Indian journal of veterinary science and animal husbandry - Volume 6,
Year: 1936
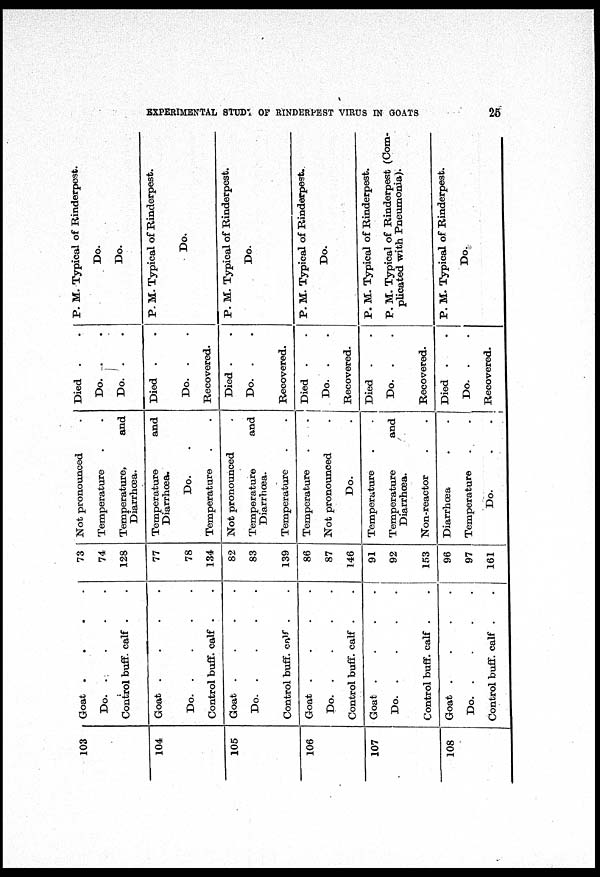
EXPERIMENTAL STUDY OF RINDERPEST VIRUS IN GOATS
25
103
104
105
106
107
108
Goat . . . .
Do.
.
.
.
.
Control buff. calf . .
Goat . . . .
Do.
.
.
.
.
Control buff. calf . .
Goat . . . .
Do.
.
.
.
.
Control buff. calf . .
Goat . . . .
Do.
.
.
.
.
Control buff. calf . .
Goat
.
.
.
.
Do.
.
.
.
.
Control buff. calf . .
Goat . . . .
Do.
.
.
.
.
Control buff. calf . .
73
74
128
77
78
134
82
83
139
86
87
146
91
92
153
96
97
161
Not pronounced .
Temperature
.
.
Temperature, and
Diarrhœa.
Temperature and
Diarrhœa.
Do. .
Temperature
.
.
Not pronounced .
Temperature and
Diarrhœa.
Temperature
.
.
Temperature
.
.
Not pronounced
.
Do.
.
Temperature . .
Temperature and
Diarrhœa.
Non-reactor
.
.
Diarrhœa . .
Temperature
.
.
Do.
.
.
Died . .
Do. .
.
Do. .
.
Died . .
Do. .
.
Recovered.
Died . .
Do. .
.
Recovered.
Died . .
Do. .
.
Recovered.
Died . .
Do. .
.
Recovered.
Died . .
Do. .
.
Recovered.
P. M. Typical of Rinderpest.
Do.
Do.
P. M. Typical of Rinderpest.
Do.
P. M. Typical of Rinderpest.
Do.
P. M. Typical of Rinderpest.
Do.
P. M. Typical of Rinderpest.
P. M. Typical of Rinderpest (Com-
plicated with Pneumonia).
P. M. Typical of Rinderpest.
Do.